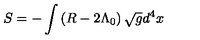
S = - \int \left( R - 2 \Lambda _ { 0 } \right) \sqrt { g } d ^ { 4 } x